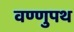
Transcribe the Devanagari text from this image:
वण्णुपथ